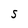
Character: S